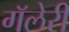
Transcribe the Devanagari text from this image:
गॅलेरी